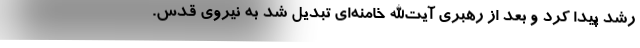
رشد پیدا کرد و بعد از رهبری آیت‌الله خامنه‌ای تبدیل شد به نیروی قدس.